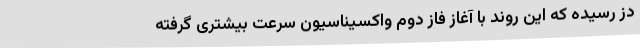
دُز رسیده که این روند با آغاز فاز دوم واکسیناسیون سرعت بیشتری گرفته